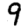
Digit: 9